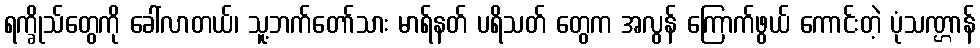
ရက္ခိုသ်တွေကို ခေါ်လာတယ်၊ သူ့ဘက်တော်သား မာရ်နတ် ပရိသတ် တွေက အလွန် ကြောက်ဖွယ် ကောင်းတဲ့ ပုံသဏ္ဌာန်